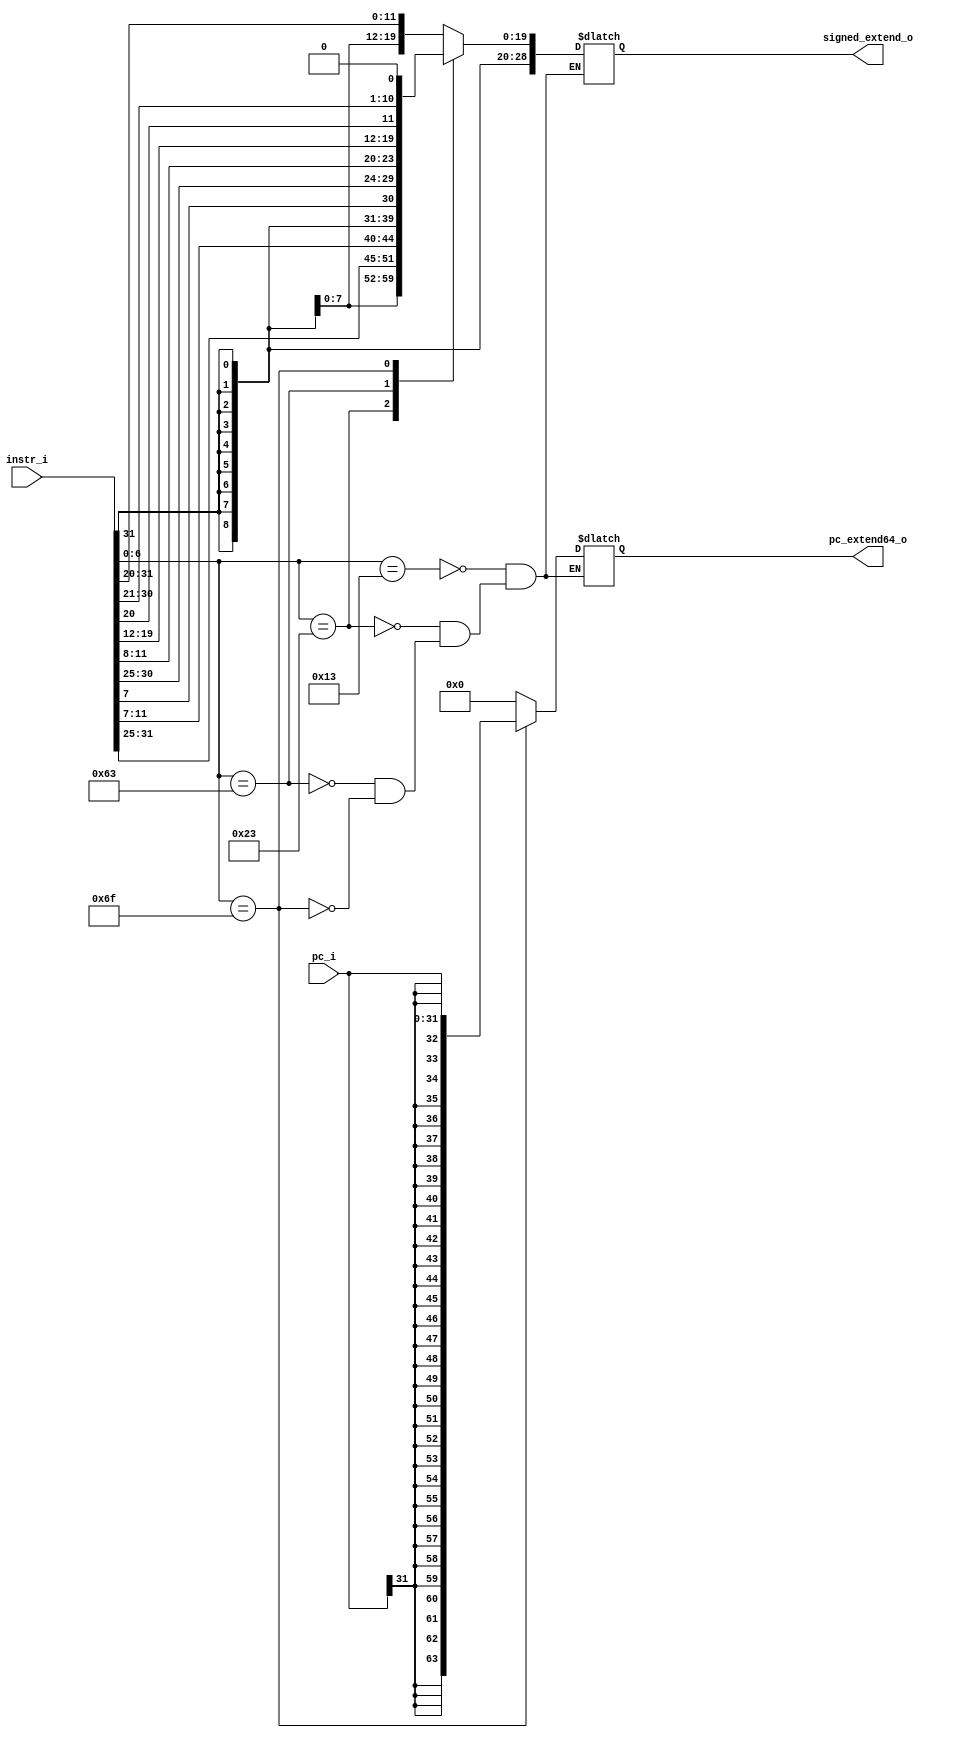
//--------------------------------------------------------------------------------
//Version:     1
//--------------------------------------------------------------------------------
//Writer:      
//----------------------------------------------
//Date:        
//----------------------------------------------
//Description: 
//--------------------------------------------------------------------------------

module Imm_Gen(
    instr_i,
    pc_i,
    signed_extend_o,
    pc_extend64_o
    );
               
//I/O ports
input   [32-1:0] instr_i;
input   [32-1:0] pc_i;
output  [64-1:0] signed_extend_o;
output  [64-1:0] pc_extend64_o;

//Internal Signals
reg     [64-1:0] signed_extend_o;
reg     [64-1:0] pc_extend64_o;

//Sign extended
always@( * )begin
    case (instr_i[6:0])
	7'b0010011:begin    //addi, slti
	    signed_extend_o <= { {52{instr_i[31]}}, {instr_i[31:20]} };
        pc_extend64_o <= 64'd0;
        end
    7'b0100011:begin    //sd
	    signed_extend_o <= { {52{instr_i[31]}}, {instr_i[31:25]}, {instr_i[11:7]} };
        pc_extend64_o <= 64'd0;
        end
    7'b1100011:begin    //beq
        signed_extend_o <= { {52{instr_i[31]}}, {instr_i[31]}, {instr_i[7]}, {instr_i[30:25]}, {instr_i[11:8]}};
        pc_extend64_o <= 64'd0;
        end
    7'b1101111:begin    //jal
        signed_extend_o <= { {52{instr_i[31]}}, {instr_i[19:12]}, {instr_i[20]}, {instr_i[30:21]}, {1'b0}};
        pc_extend64_o <= { {32{pc_i[31]}}, {pc_i[31:0]} };
        end
    endcase
end
          
endmodule